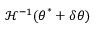
\mathcal { H } ^ { - 1 } ( { \boldsymbol { \theta } } ^ { * } + \delta { \boldsymbol { \theta } } )